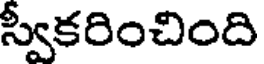
స్వీకరించింది